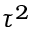
\tau ^ { 2 }